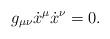
LaTeX: \begin{align*} g_{\mu\nu}\dot{x}^\mu\dot{x}^\nu=0.\end{align*}